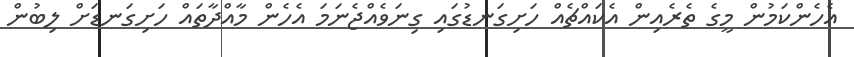
އެހެންކަމުން މީގެ ތެރެއިން އެކައްޗެއް ހަށިގަނޑުގައި ގިނަވެއްޖެނަމަ އެހެން މާއްދާތައް ހަށިގަނޑަށް ލިބުން